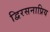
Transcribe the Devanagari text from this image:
द्विरसनाप्रिय